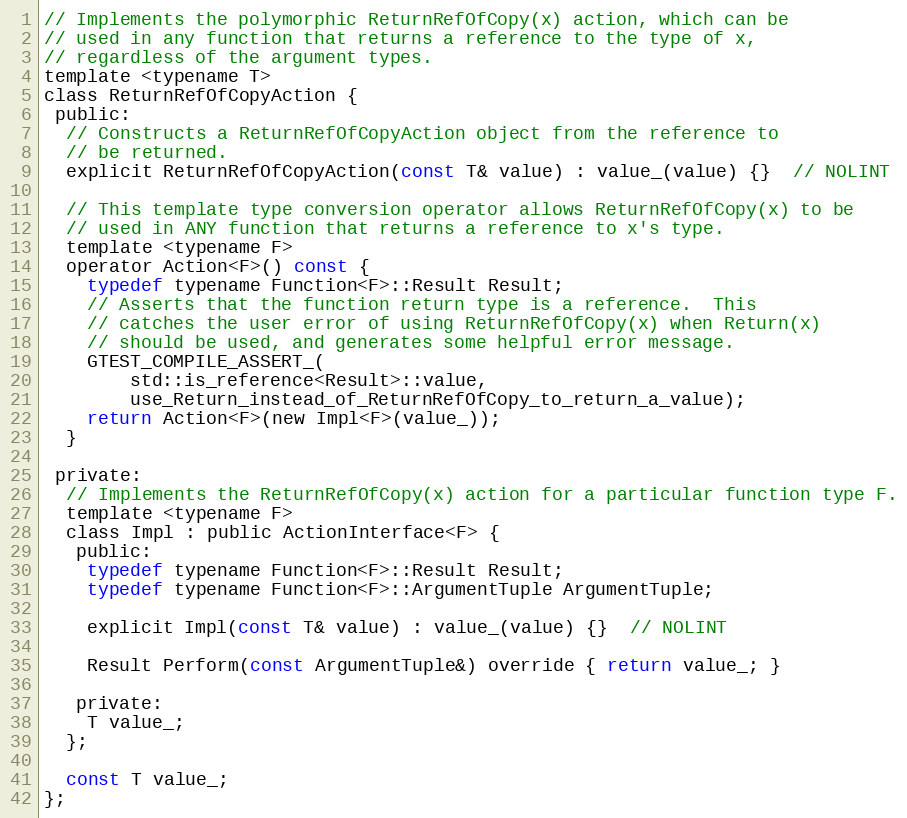
Language: C
// Implements the polymorphic ReturnRefOfCopy(x) action, which can be
// used in any function that returns a reference to the type of x,
// regardless of the argument types.
template <typename T>
class ReturnRefOfCopyAction {
 public:
  // Constructs a ReturnRefOfCopyAction object from the reference to
  // be returned.
  explicit ReturnRefOfCopyAction(const T& value) : value_(value) {}  // NOLINT

  // This template type conversion operator allows ReturnRefOfCopy(x) to be
  // used in ANY function that returns a reference to x's type.
  template <typename F>
  operator Action<F>() const {
    typedef typename Function<F>::Result Result;
    // Asserts that the function return type is a reference.  This
    // catches the user error of using ReturnRefOfCopy(x) when Return(x)
    // should be used, and generates some helpful error message.
    GTEST_COMPILE_ASSERT_(
        std::is_reference<Result>::value,
        use_Return_instead_of_ReturnRefOfCopy_to_return_a_value);
    return Action<F>(new Impl<F>(value_));
  }

 private:
  // Implements the ReturnRefOfCopy(x) action for a particular function type F.
  template <typename F>
  class Impl : public ActionInterface<F> {
   public:
    typedef typename Function<F>::Result Result;
    typedef typename Function<F>::ArgumentTuple ArgumentTuple;

    explicit Impl(const T& value) : value_(value) {}  // NOLINT

    Result Perform(const ArgumentTuple&) override { return value_; }

   private:
    T value_;
  };

  const T value_;
};